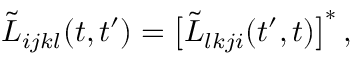
\Tilde { L } _ { i j k l } ( t , t ^ { \prime } ) = \big [ \Tilde { L } _ { l k j i } ( t ^ { \prime } , t ) \big ] ^ { * } \, ,